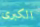
الكبرى